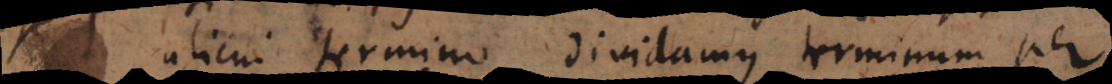
alicui termino dividamus terminum per